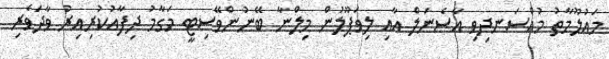
މައުލޫމާތު މުއްސަނދިވި އާސެނަލް އާއި ލިވަޕޫލުން މިލްނާ ބޭނުންވޭސިޓީ މަގާމު ދިފާއުކުރިއިރު ވާދަވެރި